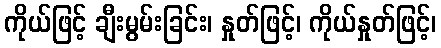
ကိုယ်ဖြင့် ချီးမွမ်းခြင်း၊ နှုတ်ဖြင့်၊ ကိုယ်နှုတ်ဖြင့်၊